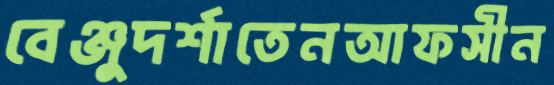
বেঞ্জুদর্শাতেনআফসীন